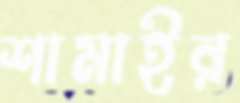
শামাইর